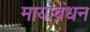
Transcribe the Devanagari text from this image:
मायाबंधन